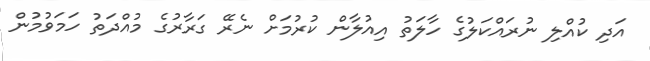
އަދި ކުއްލި ނުރައްކަލުގެ ހާލަތު އިއުލާން ކުރުމަށް ނެރޭ ގަރާރުގެ މުއްދަތު ހަމަވުމުން